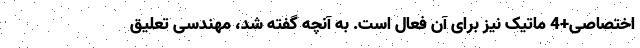
اختصاصی+4 ماتیک نیز برای آن فعال است. به آنچه گفته شد، مهندسی تعلیق